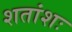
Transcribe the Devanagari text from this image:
शतांशः